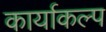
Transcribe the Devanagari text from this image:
कार्याकल्प